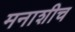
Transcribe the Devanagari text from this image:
मनाशीच